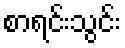
စာရင်းသွင်း